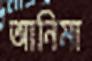
আনিমা